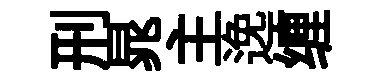
刑晁主𨓜缠